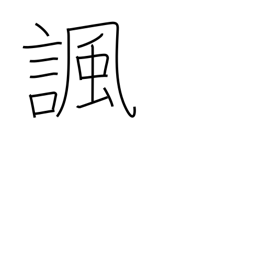
Meaning: satirize